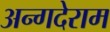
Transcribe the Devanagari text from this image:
अन्गदेराम